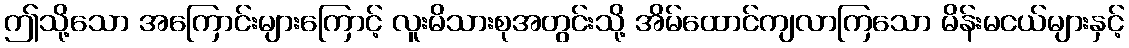
ဤသို့သော အကြောင်းများကြောင့် လူးမိသားစုအတွင်းသို့ အိမ်ထောင်ကျလာကြသော မိန်းမငယ်များနှင့်